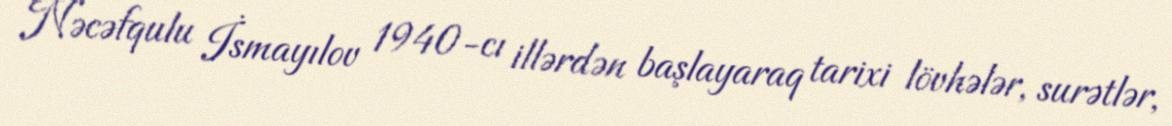
Nəcəfqulu İsmayılov 1940-cı illərdən başlayaraq tarixi lövhələr, surətlər,